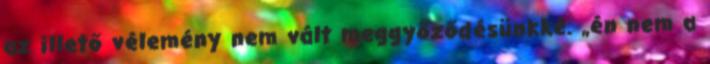
az illető vélemény nem vált meggyőződésünkké. „én nem a